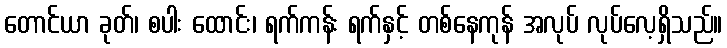
တောင်ယာ ခုတ်၊ စပါး ထောင်း၊ ရက်ကန်း ရက်နှင့် တစ်နေကုန် အလုပ် လုပ်လေ့ရှိသည်။